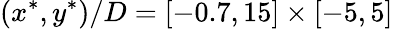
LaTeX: (x^{*},y^{*})/D=[-0.7,15]\times[-5,5]